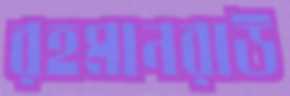
রহমানরাউ